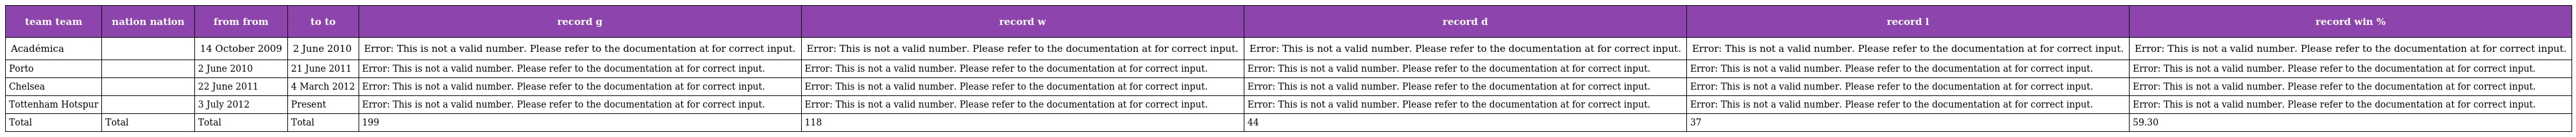
| team team | nation nation | from from | to to | record g | record w | record d | record l | record win % |
 | --- | --- | --- | --- | --- | --- | --- | --- | --- |
 | Académica |  | 14 October 2009 | 2 June 2010 | Error: This is not a valid number. Please refer to the documentation at for correct input. | Error: This is not a valid number. Please refer to the documentation at for correct input. | Error: This is not a valid number. Please refer to the documentation at for correct input. | Error: This is not a valid number. Please refer to the documentation at for correct input. | Error: This is not a valid number. Please refer to the documentation at for correct input. |
 | Porto |  | 2 June 2010 | 21 June 2011 | Error: This is not a valid number. Please refer to the documentation at for correct input. | Error: This is not a valid number. Please refer to the documentation at for correct input. | Error: This is not a valid number. Please refer to the documentation at for correct input. | Error: This is not a valid number. Please refer to the documentation at for correct input. | Error: This is not a valid number. Please refer to the documentation at for correct input. |
 | Chelsea |  | 22 June 2011 | 4 March 2012 | Error: This is not a valid number. Please refer to the documentation at for correct input. | Error: This is not a valid number. Please refer to the documentation at for correct input. | Error: This is not a valid number. Please refer to the documentation at for correct input. | Error: This is not a valid number. Please refer to the documentation at for correct input. | Error: This is not a valid number. Please refer to the documentation at for correct input. |
 | Tottenham Hotspur |  | 3 July 2012 | Present | Error: This is not a valid number. Please refer to the documentation at for correct input. | Error: This is not a valid number. Please refer to the documentation at for correct input. | Error: This is not a valid number. Please refer to the documentation at for correct input. | Error: This is not a valid number. Please refer to the documentation at for correct input. | Error: This is not a valid number. Please refer to the documentation at for correct input. |
 | Total | Total | Total | Total | 199 | 118 | 44 | 37 | 59.30 |